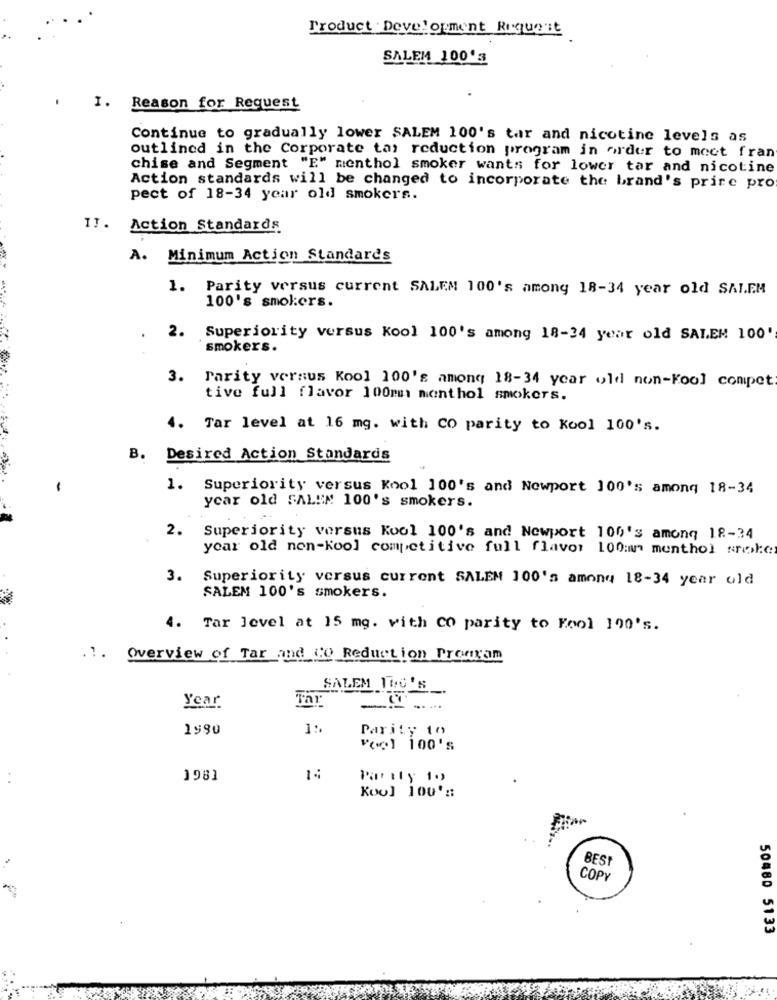
Product Development Request
SALEM 100'S
I. Reason for Request
Continue to gradually lower SALEM 100's tar and nicotine levels as
outlined in the Corporate tas reduction program in order to meet fran
chise and Segment "E" menthol smoker wants for lower tar and nicotine
Action standards will be changed to incorporate the brand's prire pro
pect of 18-34 year old smokers.
I]. Action Standards
A. Minimum Action Standards
1. Parity versus current SALEM 100's among 18-34 year old SALEM
100's smokers.
2. Superiority versus Kool 100's among 18-34 year old SALEM 100'
smokers.
3. Parity versus Kool 100's among 18-34 year old non-kool compet
tive full flavor 100mm menthol smokers.
4.
Tar level at 16 mg. with CO parity to Kool 100's.
B. Desired Action Standards
1.
Superiority versus Kool 100's and Newport 100's among 18-34
year old SALEM 100's smokers.
2. Superiority versus Kool 100's and Newport 100's among 18-34
year old non-kool competitive full flavor 100mm menthol srwoke
3. Superiority versus current SALEM 100's among 18-34 year old
SALEM 100's smokers.
4. Tar level at 15 mg. with co parity to Fool 100's.
.1. Overview of Tar and Co Reduction Prooxam
SALEM TUO'S
--
Year
Tar
1990
1:
Parity to
"(e) 100's
1981
Partly 1.
Kool 100' ::
BEST
COPY
50480 5133